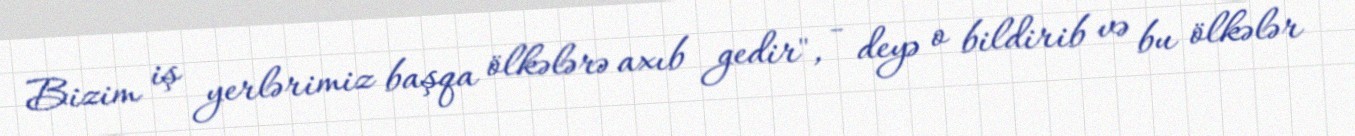
Bizim iş yerlərimiz başqa ölkələrə axıb gedir", - deyə o bildirib və bu ölkələr